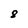
Character: 8